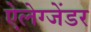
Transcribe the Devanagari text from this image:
ऐलेग्जेंडर